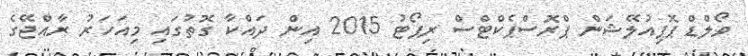
ވޯލްޑް ޕޮޕިއުލޭޝަން ޕްރޮސްޕެކްޓްސް ރިޕޯޓު 2015 އިން ދައްކާ ގޮތުގައި މިއަހަރު ރާއްޖޭގެ